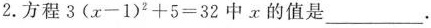
2.方程$$3( x - 1 ) ^ { 2 } + 5 = 3 2$$中x的值是___.